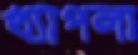
খ্যাপলা